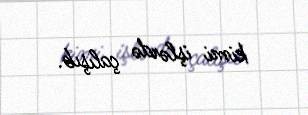
kimi işlərdə çalışıb.